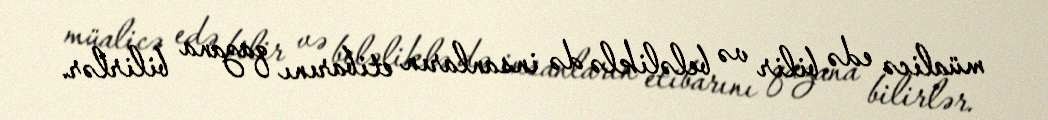
müalicə edə bilir və beləliklə də insanların etibarını qazana bilirlər.